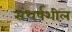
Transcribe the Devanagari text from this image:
संधर्षशील